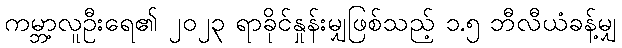
ကမ္ဘာ့လူဦးရေ၏ ၂၀၂၃ ရာခိုင်နှုန်းမျှဖြစ်သည့် ၁.၅ ဘီလီယံခန့်မျှ